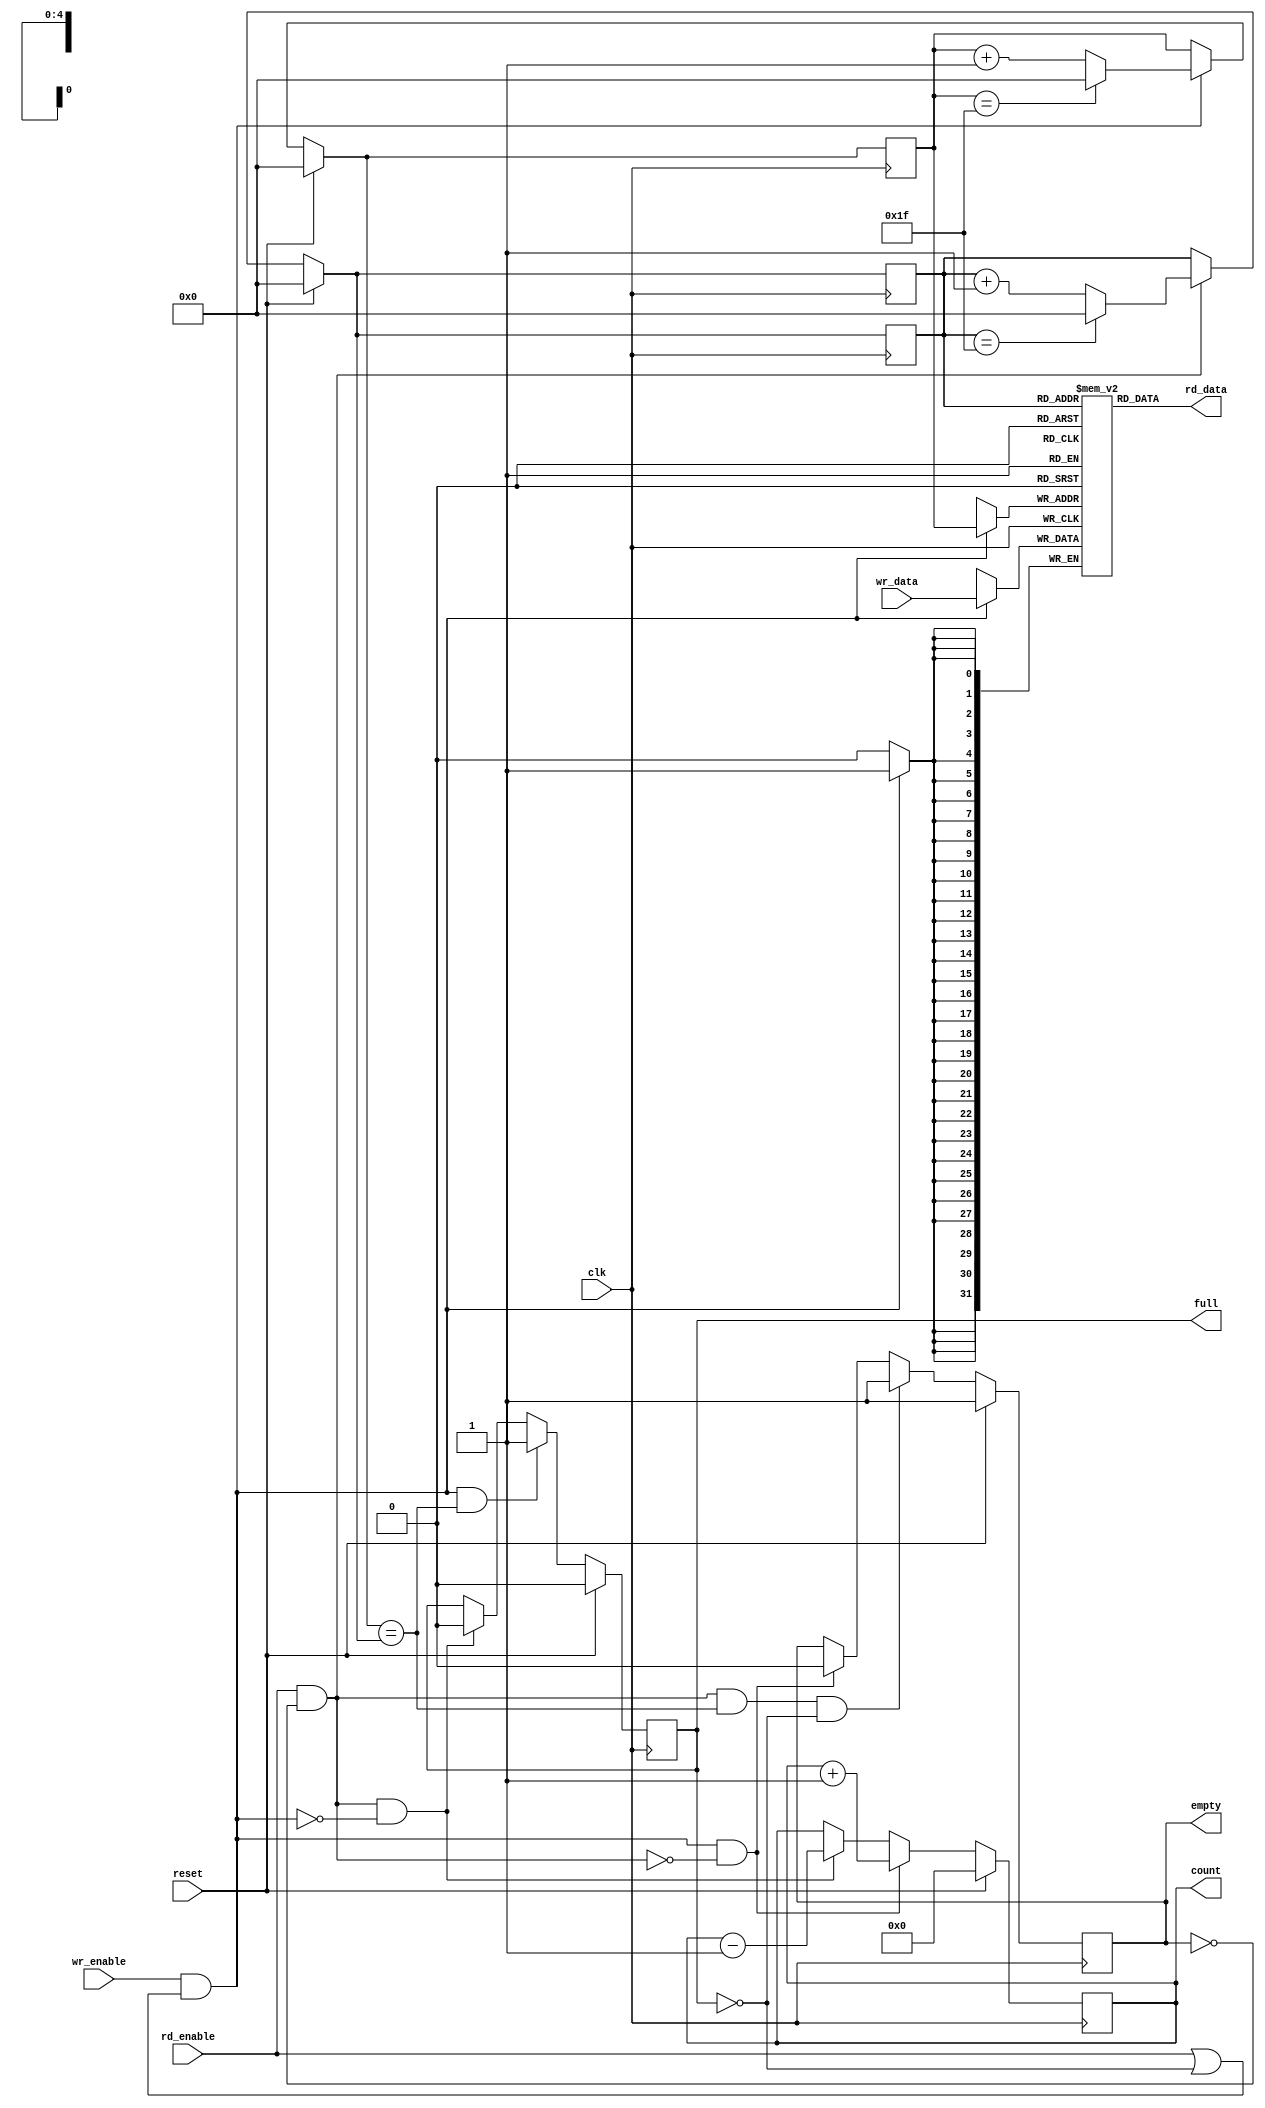
// -*- mode: Verilog; verilog-auto-lineup-declaration: nil; -*-
//-----------------------------------------------------------------------------
// Title         : Synchronous FIFO
// Project       : Common
//-----------------------------------------------------------------------------
//-----------------------------------------------------------------------------
// Description : Synchronous FIFO using BRAM.
//
// Implements a variable width/depth synchronous FIFO. The synthesis
// tool may choose to implement the memory as a block RAM.
//-----------------------------------------------------------------------------
// Copyright 1994-2009 Beyond Circuits. All rights reserved.
//
// Redistribution and use in source and binary forms, with or without modification,
// are permitted provided that the following conditions are met:
//   1. Redistributions of source code must retain the above copyright notice, 
//      this list of conditions and the following disclaimer.
//   2. Redistributions in binary form must reproduce the above copyright notice, 
//      this list of conditions and the following disclaimer in the documentation 
//      and/or other materials provided with the distribution.
//
// THIS SOFTWARE IS PROVIDED BY THE BEYOND CIRCUITS ``AS IS'' AND ANY EXPRESS OR 
// IMPLIED WARRANTIES, INCLUDING, BUT NOT LIMITED TO, THE IMPLIED WARRANTIES OF 
// MERCHANTABILITY AND FITNESS FOR A PARTICULAR PURPOSE ARE DISCLAIMED. IN NO EVENT 
// SHALL BEYOND CIRCUITS BE LIABLE FOR ANY DIRECT, INDIRECT, INCIDENTAL, SPECIAL,
// EXEMPLARY, OR CONSEQUENTIAL DAMAGES (INCLUDING, BUT NOT LIMITED TO, PROCUREMENT
// OF SUBSTITUTE GOODS OR SERVICES; LOSS OF USE, DATA, OR PROFITS; OR BUSINESS 
// INTERRUPTION) HOWEVER CAUSED AND ON ANY THEORY OF LIABILITY, WHETHER IN CONTRACT, 
// STRICT LIABILITY, OR TORT (INCLUDING NEGLIGENCE OR OTHERWISE) ARISING IN ANY WAY 
// OUT OF THE USE OF THIS SOFTWARE, EVEN IF ADVISED OF THE POSSIBILITY OF SUCH DAMAGE.
//------------------------------------------------------------------------------

`timescale 1ns/1ns
module sync_fifo
  #(
    parameter depth = 32,
    parameter width = 32,
    // Need the log of the parameters as parameters also due to an XST bug.
    parameter log2_depth = log2(depth),
    parameter log2_depthp1 = log2(depth+1)
    )
  (
   input clk,
   input reset,
   input wr_enable,
   input rd_enable,
   output reg empty,
   output reg full,
   output [width-1:0] rd_data,
   input [width-1:0] wr_data,
   output reg [log2_depthp1-1:0] count
   );

  // log2 -- return the log base 2 of value.
  function integer log2;
    input [31:0] value;
    begin
      value = value-1;
      for (log2=0; value>0; log2=log2+1)
	value = value>>1;
    end
  endfunction

  // increment -- add one to value modulo depth.
  function [log2_depth-1:0] increment;
    input [log2_depth-1:0] value;
    begin
      if (value == depth-1)
	increment = 0;
      else
	increment = value+1;
    end
  endfunction

  // writing -- true when we write to the RAM.
  wire writing = wr_enable && (rd_enable || !full);

  // reading -- true when we are reading from the RAM.
  wire reading = rd_enable && !empty;

  // rd_ptr -- the read pointer.
  reg [log2_depth-1:0] rd_ptr;

  // next_rd_ptr -- the next value for the read pointer.
  // We need to name this combinational value because it
  // is needed to use the write-before-read style RAM.
  reg [log2_depth-1:0] next_rd_ptr;
  always @(*)
    if (reset)
      next_rd_ptr = 0;
    else if (reading)
      next_rd_ptr = increment(rd_ptr);
    else
      next_rd_ptr = rd_ptr;

  always @(posedge clk)
    rd_ptr <= next_rd_ptr;

  // wr_ptr -- the write pointer
  reg [log2_depth-1:0] wr_ptr;

  // next_wr_ptr -- the next value for the write pointer.
  reg [log2_depth-1:0] next_wr_ptr;
  always @(*)
    if (reset)
      next_wr_ptr = 0;
    else if (writing)
      next_wr_ptr = increment(wr_ptr);
    else
      next_wr_ptr = wr_ptr;

  always @(posedge clk)
    wr_ptr <= next_wr_ptr;
      
  // count -- the number of valid entries in the FIFO.
  always @(posedge clk)
    if (reset)
      count <= 0;
    else if (writing && !reading)
      count <= count+1;
    else if (reading && !writing)
      count <= count-1;

  // empty -- true if the FIFO is empty.
  // Note that this doesn't depend on count so if the count
  // output is unused the logic for computing the count can
  // be optimized away.
  always @(posedge clk)
    if (reset)
      empty <= 1;
    else if (reading && next_wr_ptr == next_rd_ptr && !full)
      empty <= 1;
    else
      if (writing && !reading)
	empty <= 0;
  
  // full -- true if the FIFO is full.
  // Again, this is not dependent on count.
  always @(posedge clk)
    if (reset)
      full <= 0;
    else if (writing && next_wr_ptr == next_rd_ptr)
      full <= 1;
    else if (reading && !writing)
      full <= 0;
  
  // We need to infer a write first style RAM so that when 
  // the FIFO is empty the write data can flow through to
  // the read side and be available the next clock cycle.
  reg [width-1:0] mem [depth-1:0];
  always @(posedge clk)
    begin
      if (writing)
	mem[wr_ptr] <= wr_data;
      rd_ptr <= next_rd_ptr;
    end

  assign rd_data = mem[rd_ptr];

endmodule